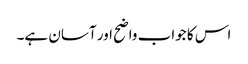
اس کا جواب واضح اور آسان ہے۔